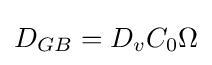
D_{GB}=D_{v}C_{0}\Omega